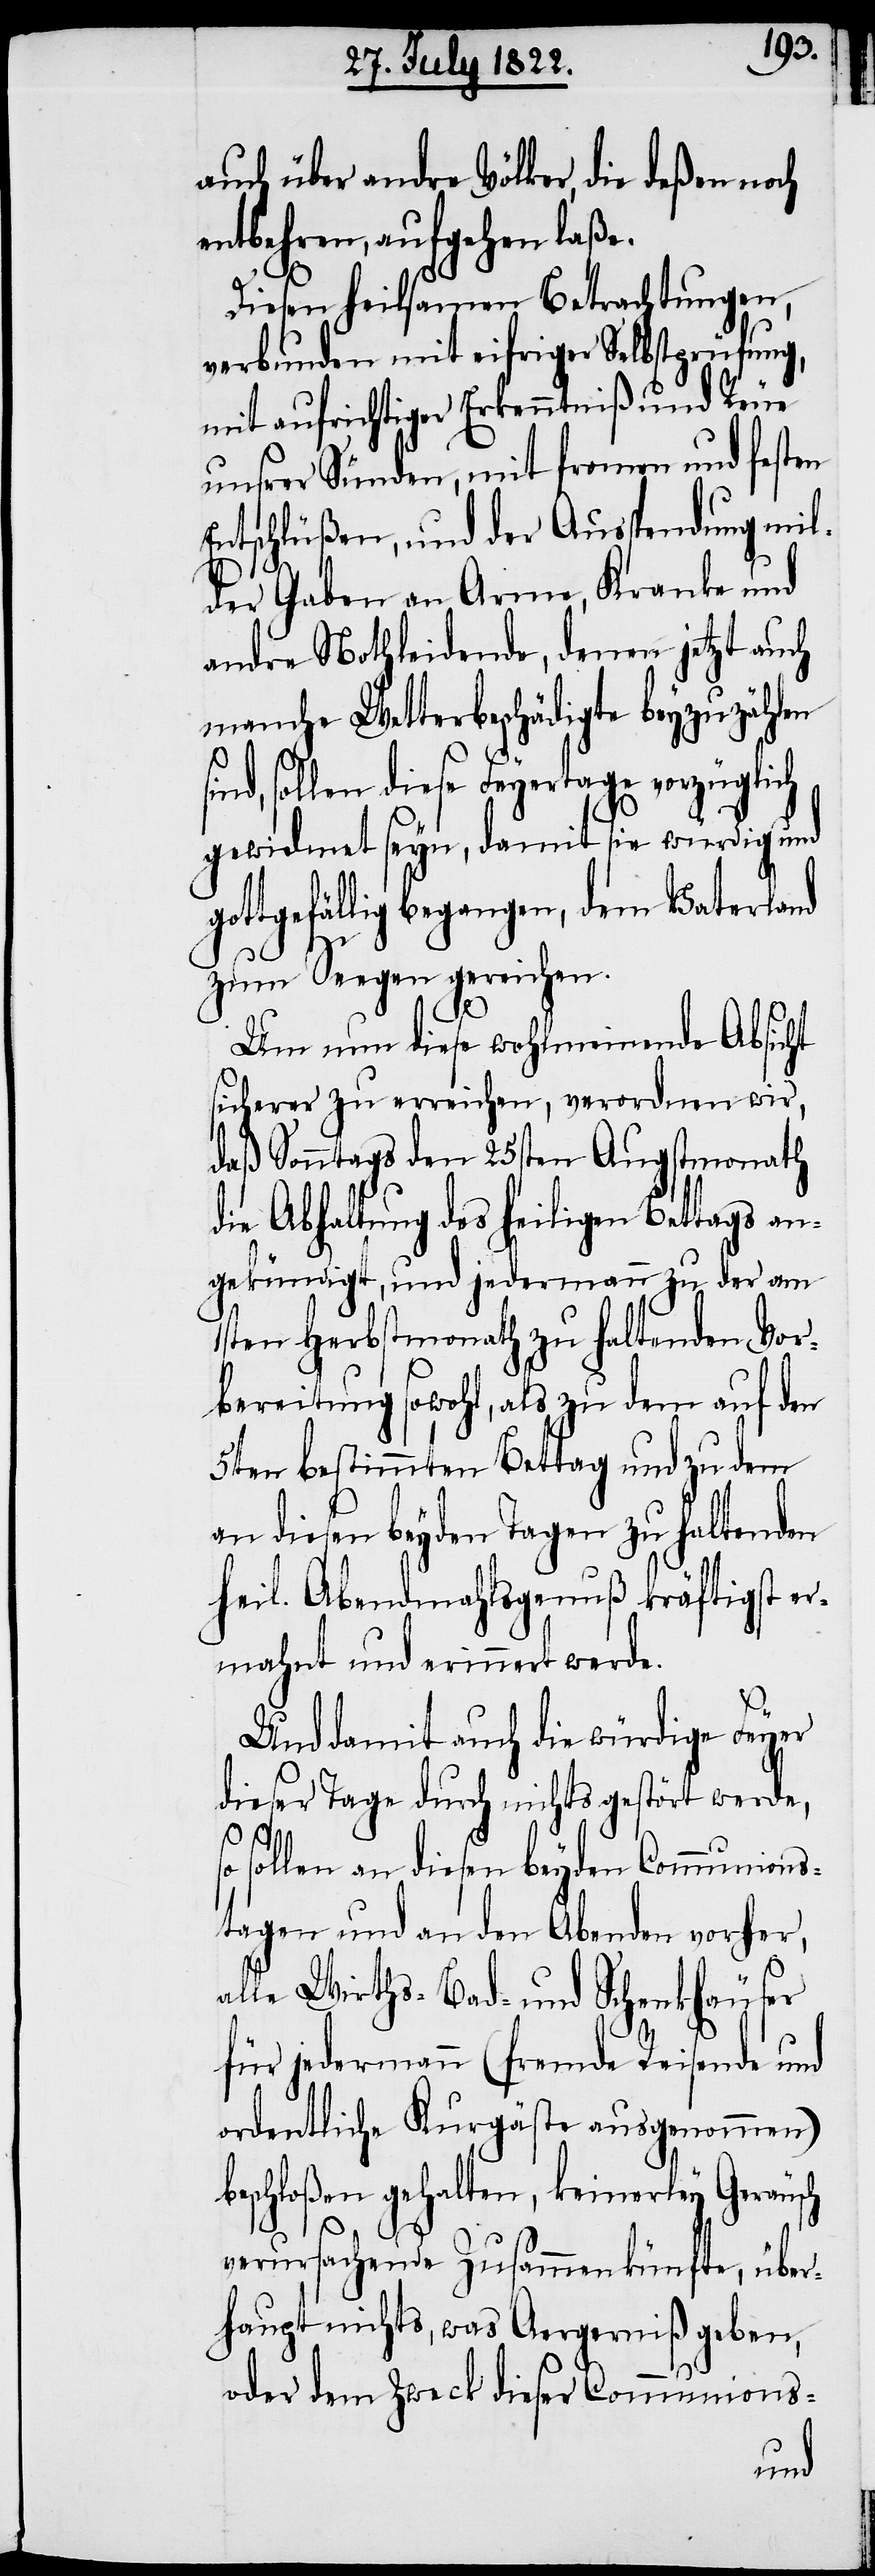
auch über andre Völker, die deßen noch
entbehren, aufgehen laße.
Diesen heilsamen Betrachtungen,
verbunden mit eifriger Selbstprüfung,
mit aufrichtiger Erkenntniß und Reue
unsrer Sünden, mit fromen und festen
Entschlüßen, und der Ausspendung mil¬
der Gaben an Arme, Kranke und
andre Nothleidende, denen jetzt auch
manche Wetterbeschädigte beyzuzählen
ind, sollen diese Feyertage vorzüglich
gewidmet seyn, damit sie würdig und
gottgefällig begangen, dem Vaterland
s¬
zum Seegen gereichen.
Um nun diese wohlmeinende Absicht
sicherer zu erreichen, verordnen wir,
daß Sonntags den 25sten Augstmonath
die Abhaltung des heiligen Bettags an¬
gekündigt, und jedermann zu der am
1sten Herbstmonath zu haltenden Vor¬
bereitung sowohl, als zu dem auf den
5ten bestimmten Bettag und zu dem
an diesen beyden Tagen zu haltenden
Heil. Abendmahlsgenuß kräftigst er¬
mahnt und erinnert werde.
Und damit auch die würdige Feyer
dieser Tage durch nichts gestört werde,
sollen an diesen beyden Communions¬
tagen und an den Abenden vorher,
alle Wirths-, Bad- und Schenkhäuser
für jedermann (fremde Reisende und
ordentliche Kurgäste ausgenommen)
beschloßen gehalten, keinerley Geräusch
verursachende Zusammenkünfte, über¬
haupt nichts, was Aergerniß geben,
oder dem Zweck dieser Communions-